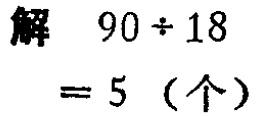
解 \(90\div18 = 5\)（个）